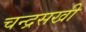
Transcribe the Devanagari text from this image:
चन्द्रसखी